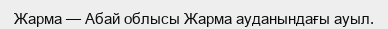
Жарма — Абай облысы Жарма ауданындағы ауыл.